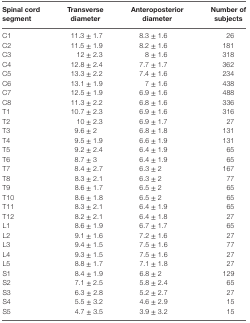
| Spinal cord segment | Transverse diameter | Anteroposterior diameter | Number of subjects |
 | --- | --- | --- | --- |
 | C1 | 11.3 ± 1.7 | 8.3 ± 1.6 | 26 |
 | C2 | 11.5 ± 1.9 | 8.2 ± 1.6 | 181 |
 | C3 | 12 ± 2.3 | 8 ± 1.6 | 318 |
 | C4 | 12.8 ± 2.4 | 7.7 ± 1.7 | 362 |
 | C5 | 13.3 ± 2.2 | 7.4 ± 1.6 | 234 |
 | C6 | 13.1 ± 1.9 | 7 ± 1.6 | 438 |
 | C7 | 12.5 ± 1.9 | 6.9 ± 1.6 | 488 |
 | C8 | 11.3 ± 2.2 | 6.8 ± 1.6 | 336 |
 | T1 | 10.7 ± 2.3 | 6.9 ± 1.6 | 316 |
 | T2 | 10 ± 2.3 | 6.9 ± 1.7 | 27 |
 | T3 | 9.6 ± 2 | 6.8 ± 1.8 | 131 |
 | T4 | 9.5 ± 1.9 | 6.6 ± 1.9 | 131 |
 | T5 | 9.2 ± 2.4 | 6.4 ± 1.9 | 65 |
 | T6 | 8.7 ± 3 | 6.4 ± 1.9 | 65 |
 | T7 | 8.4 ± 2.7 | 6.3 ± 2 | 167 |
 | T8 | 8.3 ± 2.1 | 6.3 ± 2 | 77 |
 | T9 | 8.6 ± 1.7 | 6.5 ± 2 | 65 |
 | T10 | 8.6 ± 1.8 | 6.5 ± 2 | 65 |
 | T11 | 8.3 ± 2.1 | 6.4 ± 1.9 | 65 |
 | T12 | 8.2 ± 2.1 | 6.4 ± 1.8 | 27 |
 | L1 | 8.6 ± 1.9 | 6.7 ± 1.7 | 65 |
 | L2 | 9.1 ± 1.6 | 7.2 ± 1.6 | 27 |
 | L3 | 9.4 ± 1.5 | 7.5 ± 1.6 | 77 |
 | L4 | 9.3 ± 1.5 | 7.5 ± 1.6 | 27 |
 | L5 | 8.8 ± 1.7 | 7.1 ± 1.8 | 27 |
 | S1 | 8.4 ± 1.9 | 6.8 ± 2 | 129 |
 | S2 | 7.1 ± 2.5 | 5.8 ± 2.4 | 65 |
 | S3 | 6.3 ± 2.8 | 5.2 ± 2.7 | 27 |
 | S4 | 5.5 ± 3.2 | 4.6 ± 2.9 | 15 |
 | S5 | 4.7 ± 3.5 | 3.9 ± 3.2 | 15 |